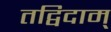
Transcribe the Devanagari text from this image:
तद्विदाम्